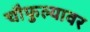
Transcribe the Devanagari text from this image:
चौफुल्यावर